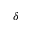
\delta